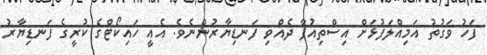
ފަހު ވަގުތު އަމިއްލަފުޅަށް އިސްތިއުފާ ދެއްވި ފަނޑިޔާރުންނެވެ. އެއީ ހައިކޯޓްގެ ކުރީގެ ފަނޑިޔާރު